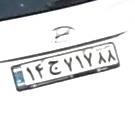
۱۴ج۷۱۷۸۸